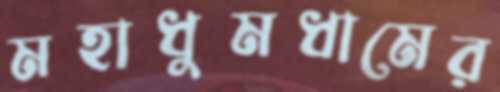
মহাধুমধামের